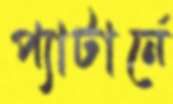
প্যাটার্নে